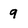
Character: q